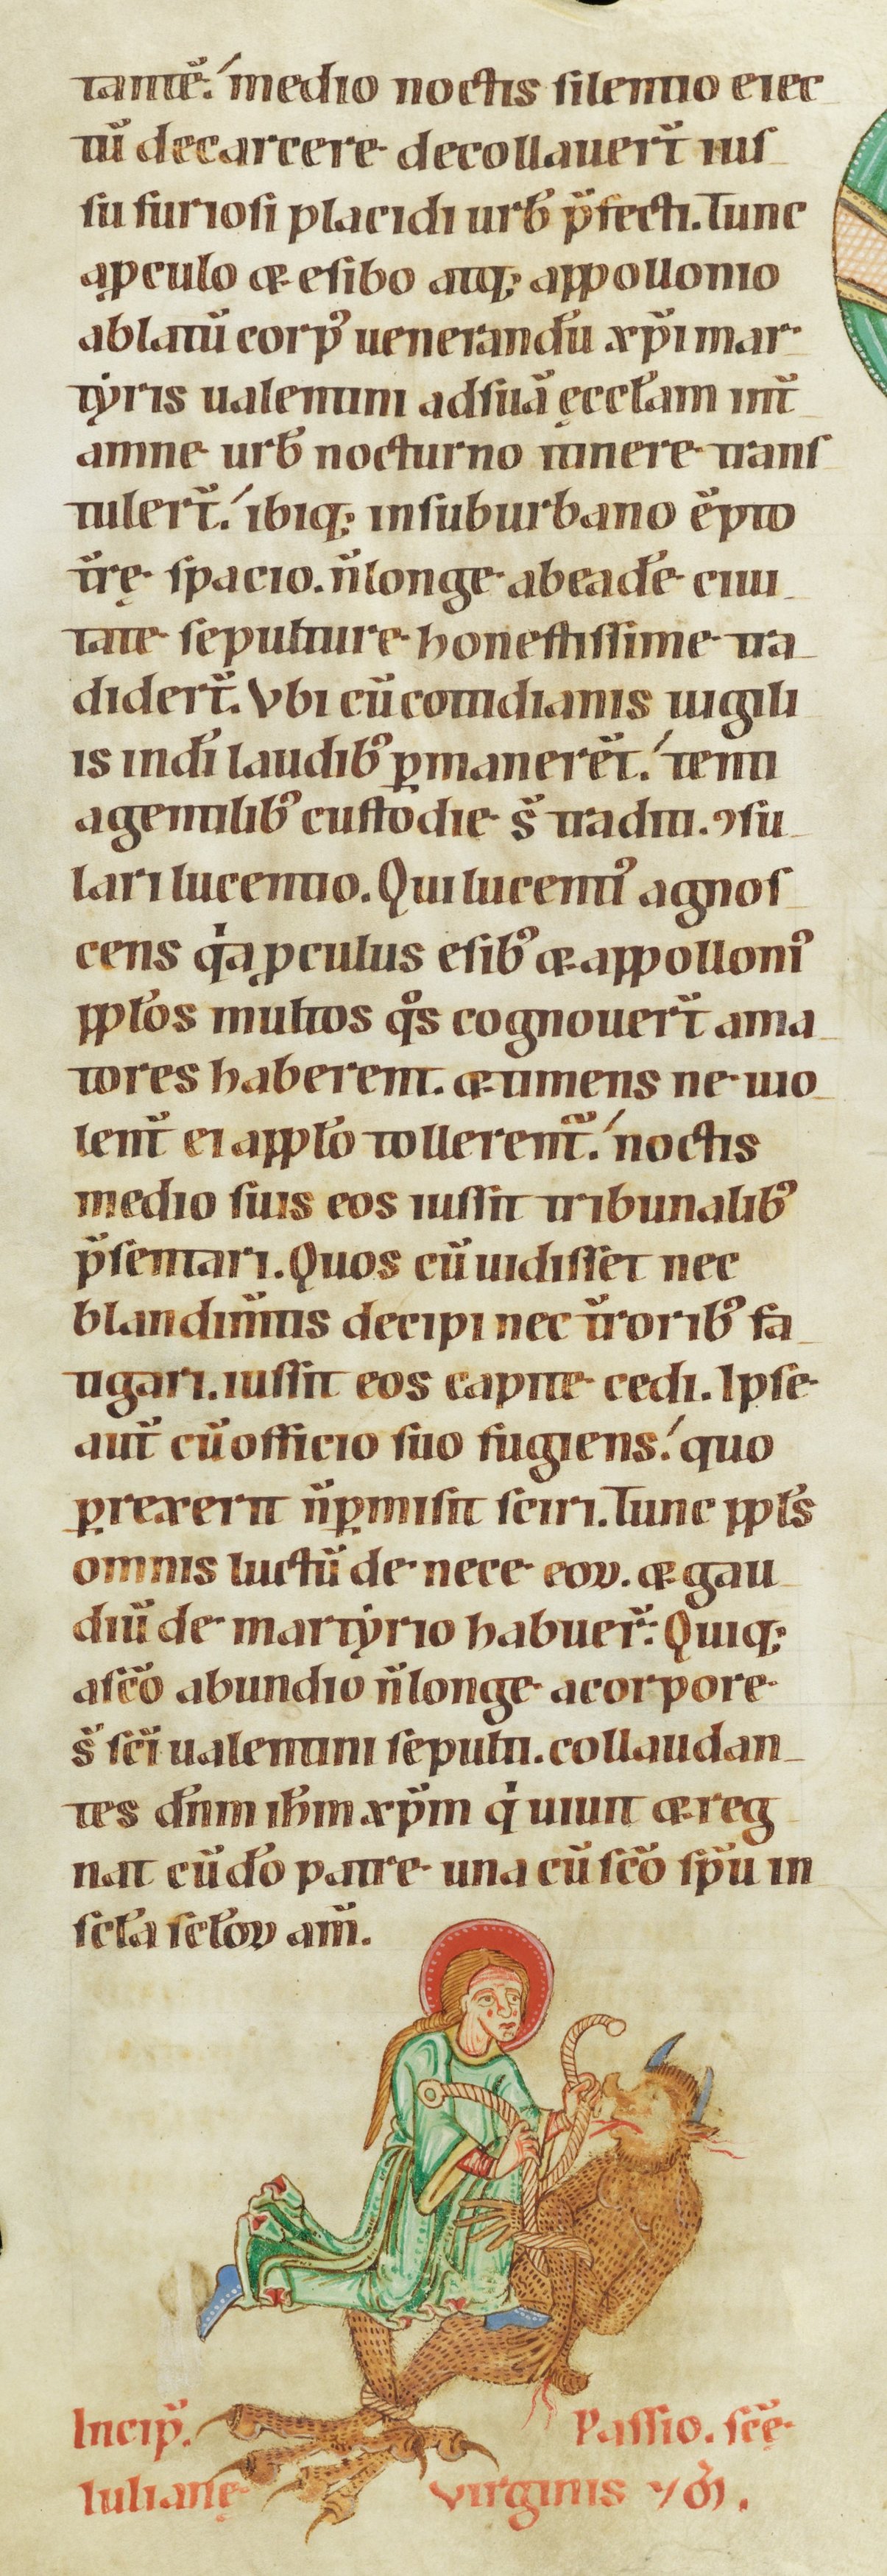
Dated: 1100–1199